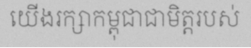
យើងរក្សាកម្ពុជាជាមិត្តរបស់